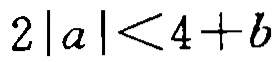
\(2\left|a\right|<4 + b\)